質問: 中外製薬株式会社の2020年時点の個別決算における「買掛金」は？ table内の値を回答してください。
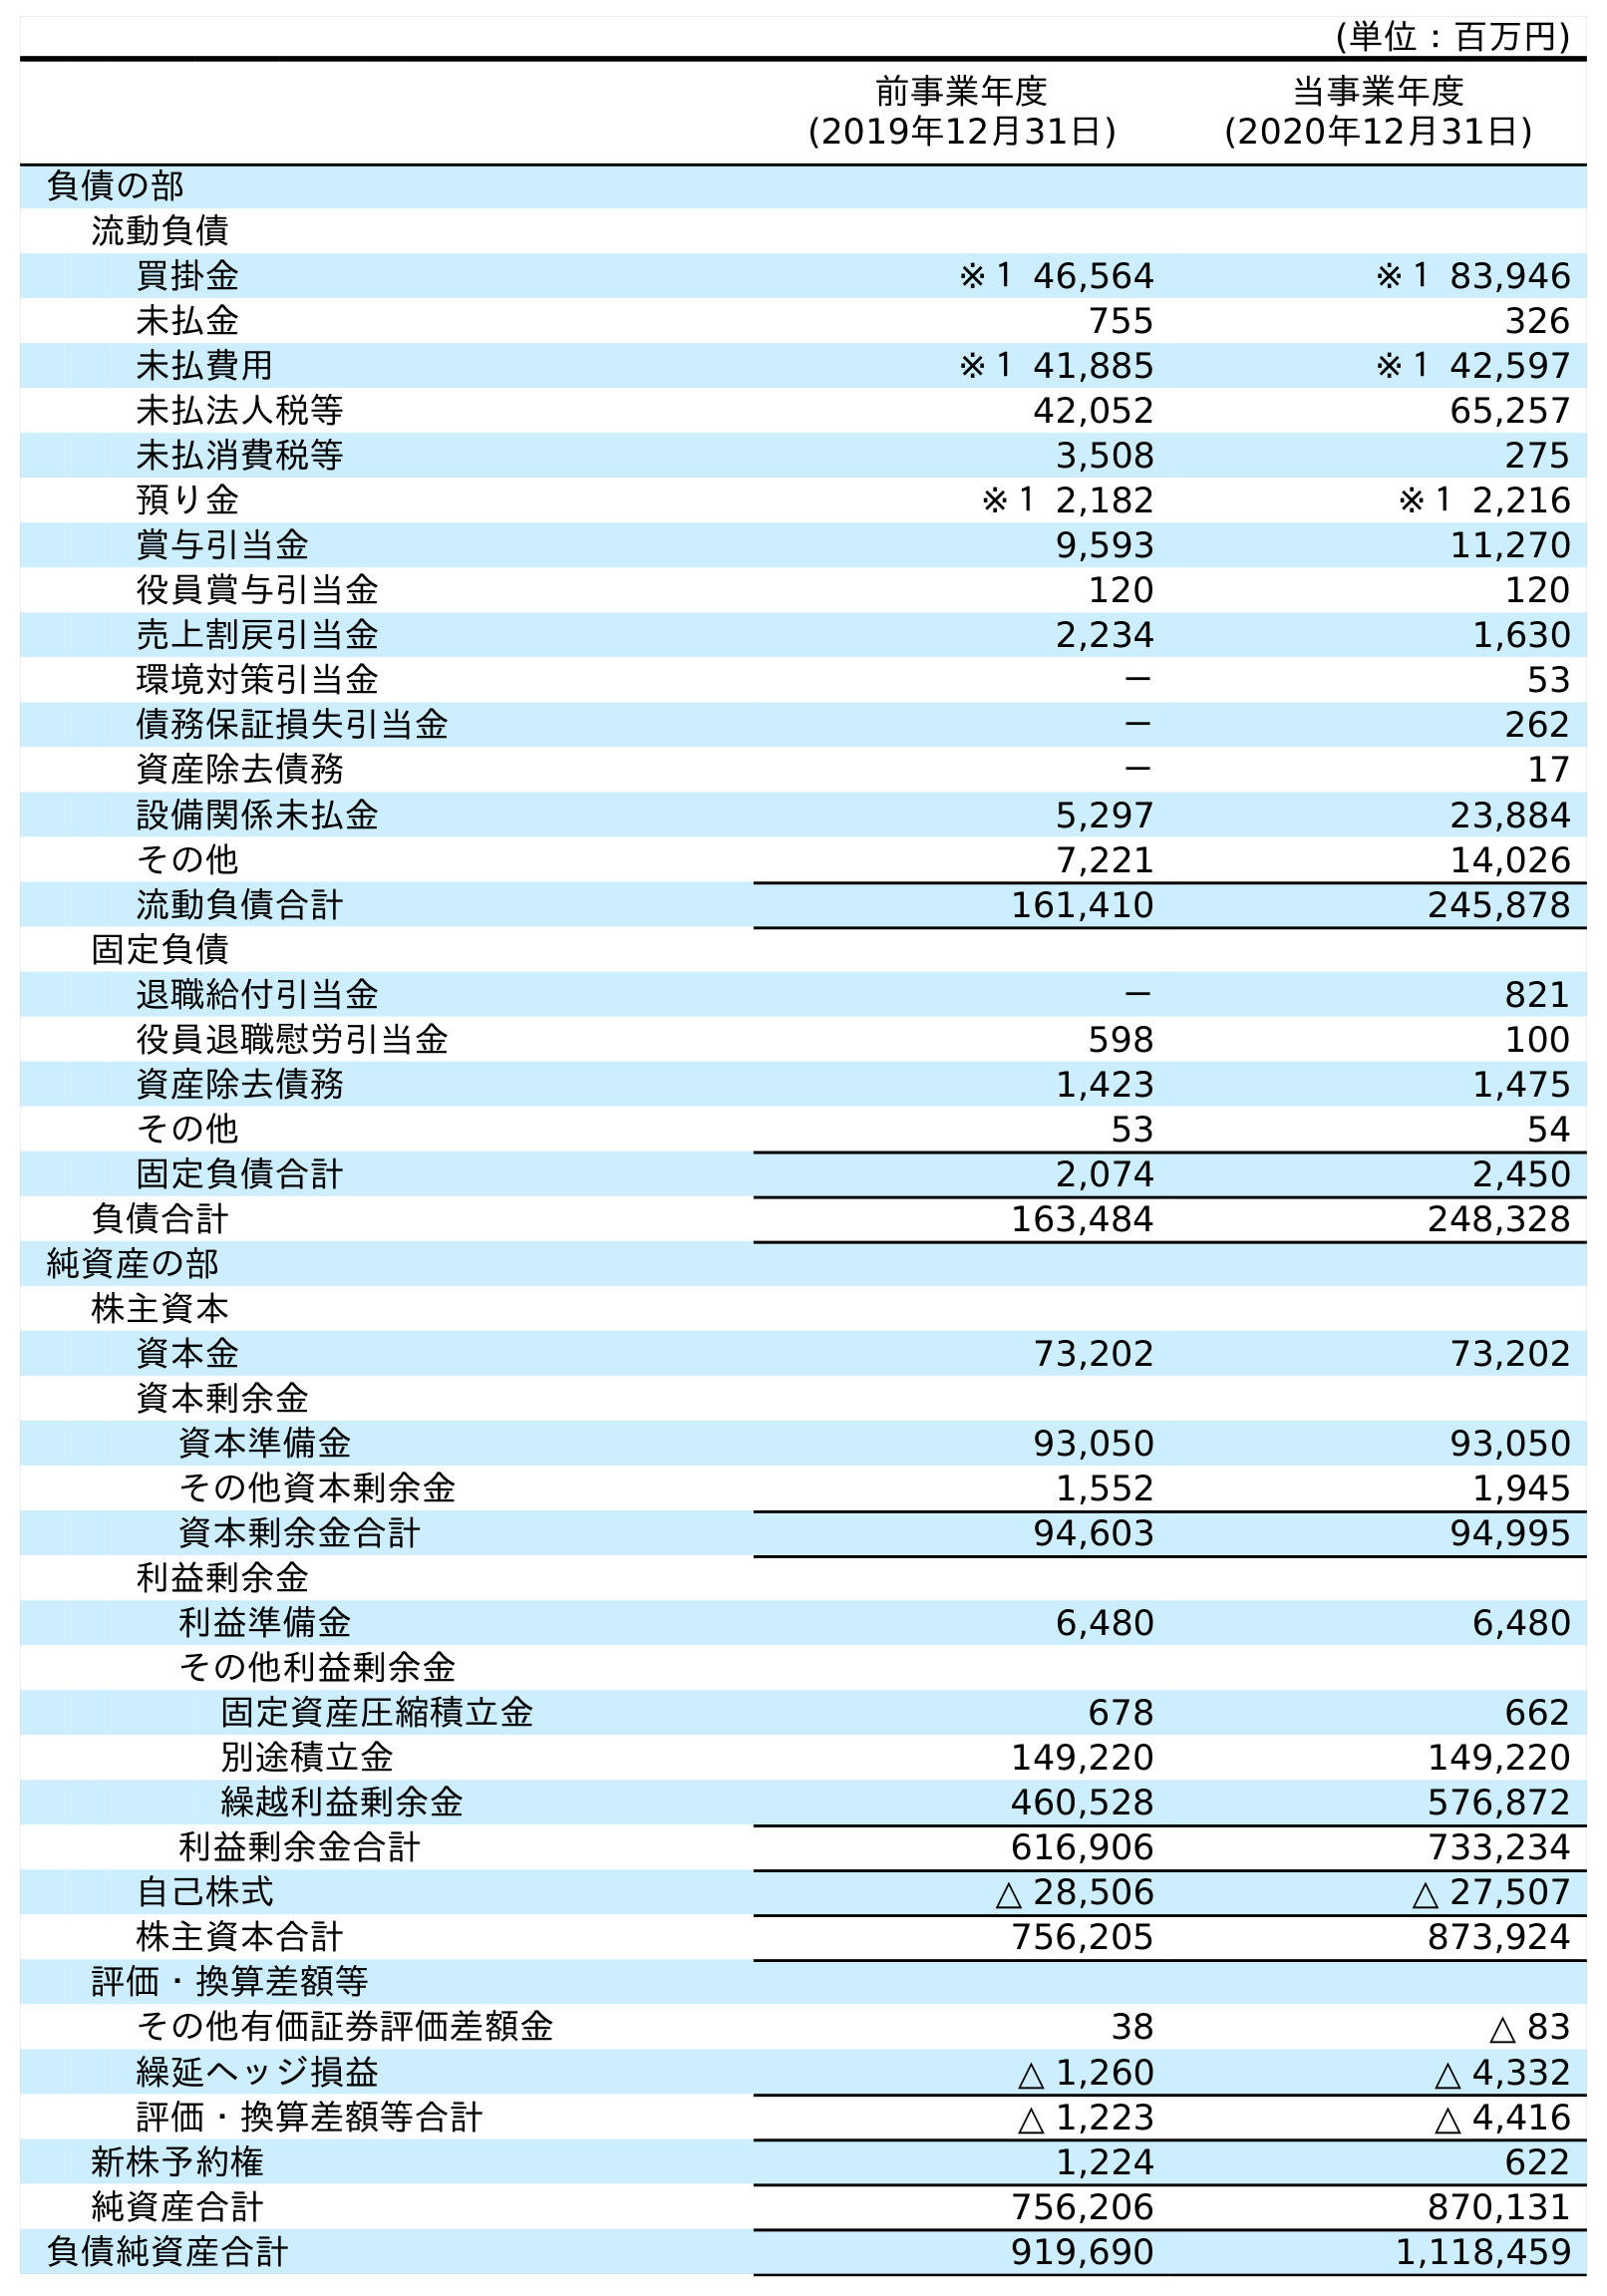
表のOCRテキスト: (単位：百万円) 前事業年度 (2019年12月31日) 当事業年度 (2020年12月31日) 負債の部 流動負債 買掛金 ※１ 46,564 ※１ 83,946 未払金 755 326 未払費用 ※１ 41,885 ※１ 42,597 未払法人税等 42,052 65,257 未払消費税等 3,508 275 預り金 ※１ 2,182 ※１ 2,216 賞与引当金 9,593 11,270 役員賞与引当金 120 120 売上割戻引当金 2,234 1,630 環境対策引当金 － 53 債務保証損失引当金 － 262 資産除去債務 － 17 設備関係未払金 5,297 23,884 その他 7,221 14,026 流動負債合計 161,410 245,878 固定負債 退職給付引当金 － 821 役員退職慰労引当金 598 100 資産除去債務 1,423 1,475 その他 53 54 固定負債合計 2,074 2,450 負債合計 163,484 248,328 純資産の部 株主資本 資本金 73,202 73,202 資本剰余金 資本準備金 93,050 93,050 その他資本剰余金 1,552 1,945 資本剰余金合計 94,603 94,995 利益剰余金 利益準備金 6,480 6,480 その他利益剰余金 固定資産圧縮積立金 678 662 別途積立金 149,220 149,220 繰越利益剰余金 460,528 576,872 利益剰余金合計 616,906 733,234 自己株式 △ 28,506 △ 27,507 株主資本合計 756,205 873,924 評価・換算差額等 その他有価証券評価差額金 38 △ 83 繰延ヘッジ損益 △ 1,260 △ 4,332 評価・換算差額等合計 △ 1,223 △ 4,416 新株予約権 1,224 622 純資産合計 756,206 870,131 負債純資産合計 919,690 1,118,459
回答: ※１83,946